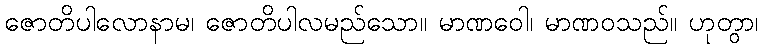
ဇောတိပါလောနာမ၊ ဇောတိပါလမည်သော။ မာဏဝေါ၊ မာဏဝသည်။ ဟုတွာ၊